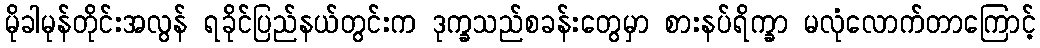
မိုခါမုန်တိုင်းအလွန် ရခိုင်ပြည်နယ်တွင်းက ဒုက္ခသည်စခန်းတွေမှာ စားနပ်ရိက္ခာ မလုံလောက်တာကြောင့်